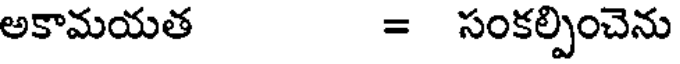
అకామయత = సంకల్పించెను